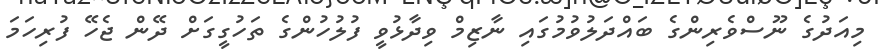
މިއަދުގެ ނޫސްވެރިންގެ ބައްދަލުވުމުގައި ނާޒިމް ވިދާޅުވީ ފުލުހުންގެ ތަހުގީގަށް ދޭން ޖެހޭ ފުރިހަމަ